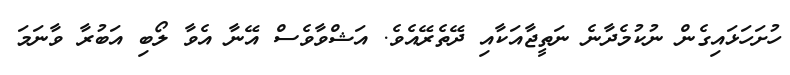
ހުށަހަޅައިގެން ނުކުމެދާނެ ނަތީޖާއަކާއި ދޭތެރޭއެވެ. އަޝްވާވެސް އޭނާ އެވާ ލޯބި އަބުރާ ވާނަމަ